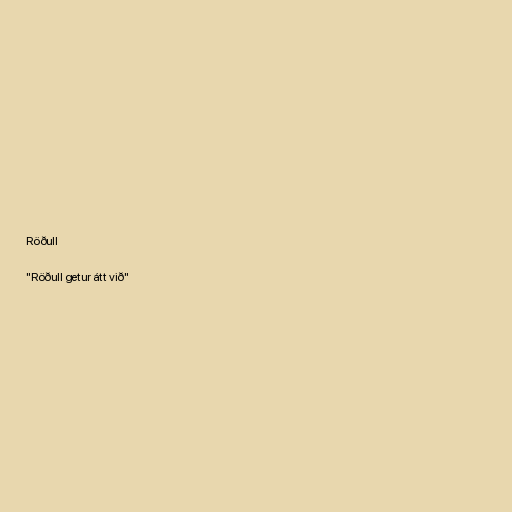
Röðull

"Röðull getur átt við"